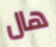
هال